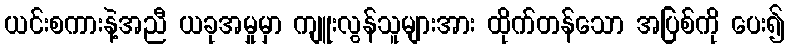
ယင်းစကားနဲ့အညီ ယခုအမှုမှာ ကျူးလွန်သူများအား ထိုက်တန်သော အပြစ်ကို ပေး၍